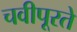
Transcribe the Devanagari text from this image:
चवीपूरते